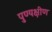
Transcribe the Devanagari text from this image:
पुण्यक्षीण